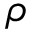
\rho